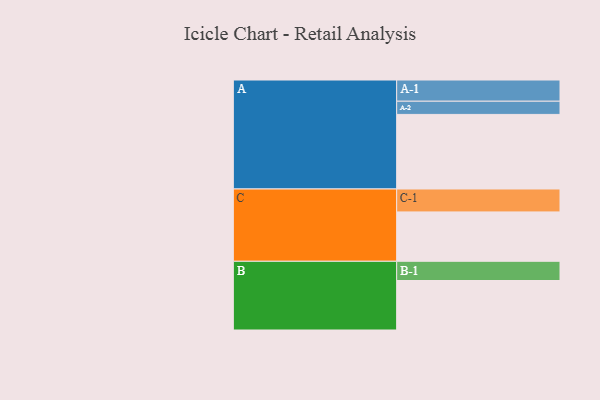
{"axis": {"x": "Segment", "y": "Value"}, "legend": ["", "A", "B", "C"], "data": [{"x": "A", "y": 559, "type": ""}, {"x": "B", "y": 371, "type": ""}, {"x": "C", "y": 370, "type": ""}, {"x": "A-1", "y": 159, "type": "A"}, {"x": "A-2", "y": 99, "type": "A"}, {"x": "B-1", "y": 144, "type": "B"}, {"x": "C-1", "y": 172, "type": "C"}]}